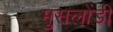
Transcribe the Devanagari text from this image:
मुसलोंडी